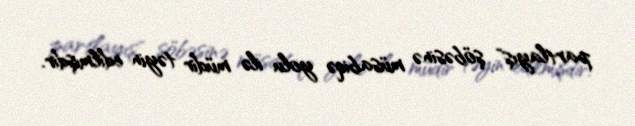
partlayış" şöbəsinə müsabiqə yolu ilə müdir təyin edilmişdir.